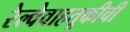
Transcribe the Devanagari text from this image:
रेल्वेवाहतूकीची